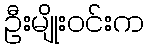
ဦးမျိုးဝင်းက